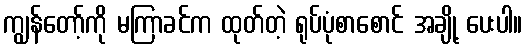
ကျွန်တော့်ကို မကြာခင်က ထုတ်တဲ့ ရုပ်ပုံစာစောင် အချို့ ပေးပါ။